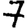
Digit: 7